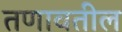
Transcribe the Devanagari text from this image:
तणावतील